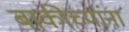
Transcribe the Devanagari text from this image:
बाकीच्यांना